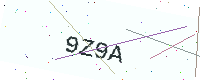
Text: 9Z9A